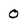
Character: 0